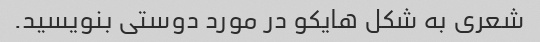
شعری به شکل هایکو در مورد دوستی بنویسید.